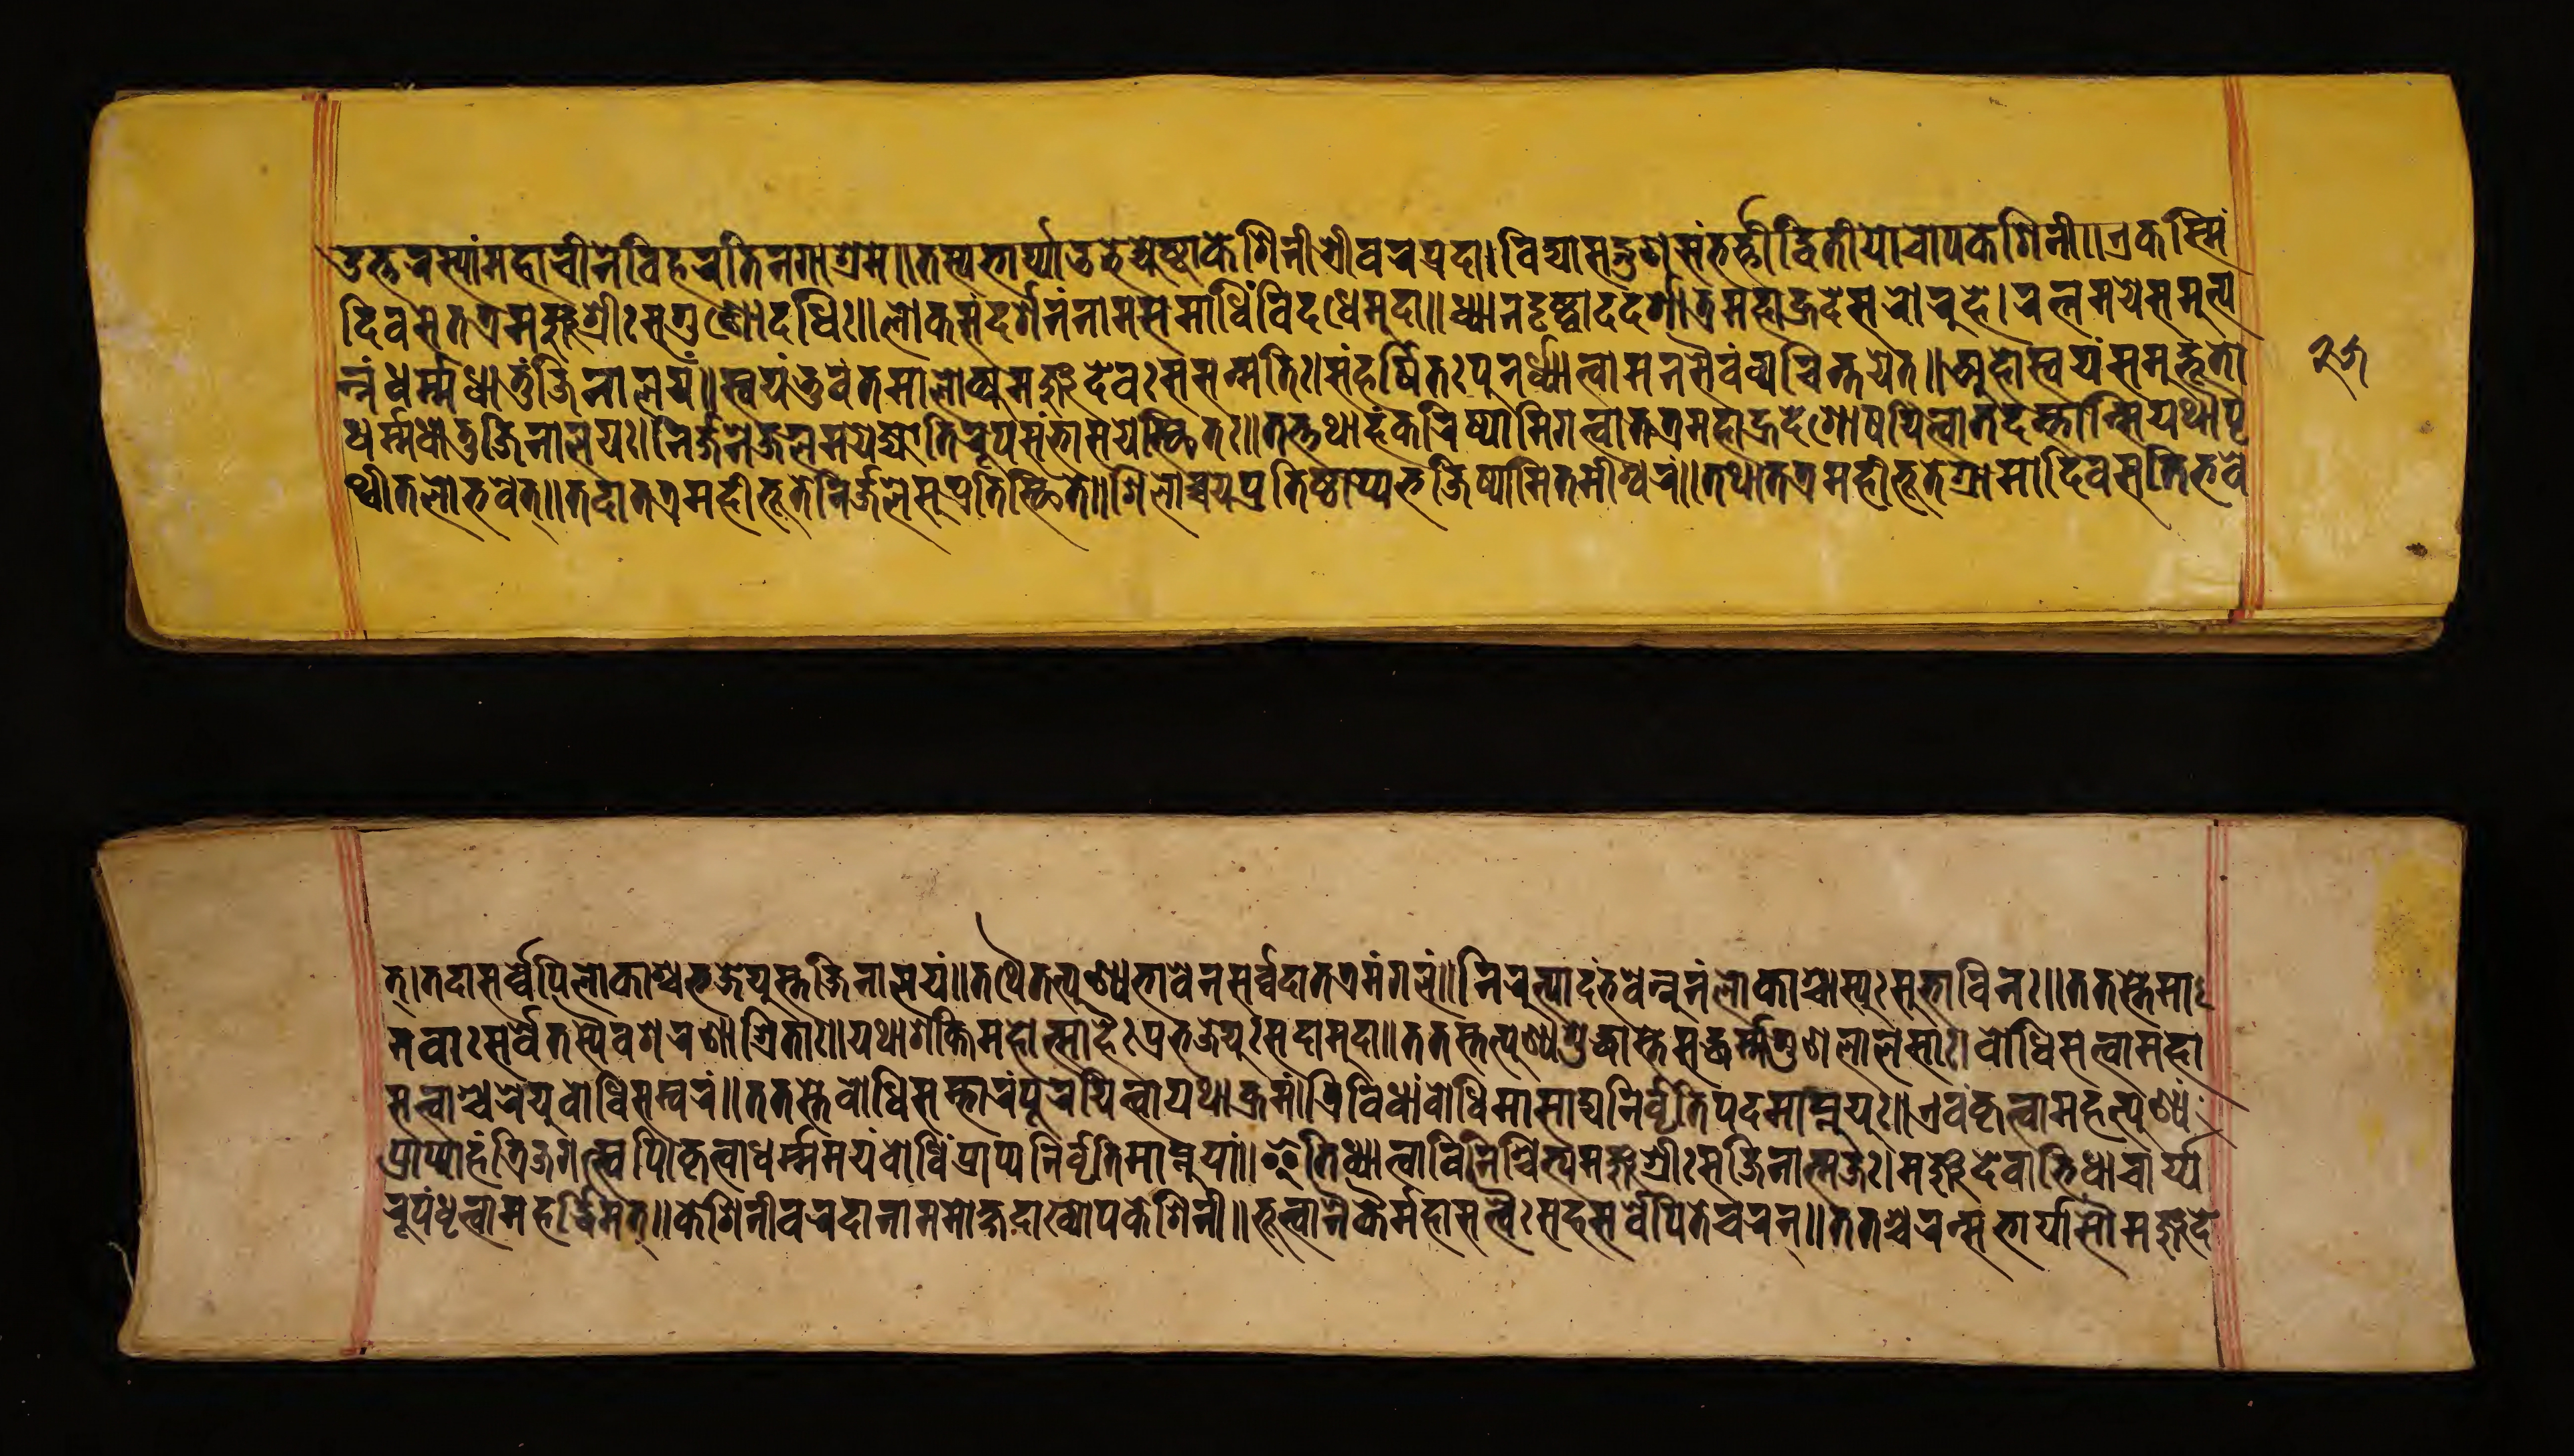
𑐄𑐟𑑂𑐟𑐬𑐳𑑂𑐫𑐵𑑄𑐩𑐴𑐵𑐔𑐷𑐣𑐾𑐰𑐶𑐴𑐬𑐟𑐶𑐣𑐐𑐵𑐱𑑂𑐬𑐩𑐾॥𑐟𑐳𑑂𑐫𑐨𑐵𑐬𑑂𑐫𑐵𑐄𑐨𑐾𑐖𑑂𑐫𑐾𑐲𑑂𑐚𑐵𑐎𑐾𑐱𑐶𑐣𑐷𑐱𑑂𑐬𑐷𑐰𑐬𑐥𑑂𑐬𑐡𑐵।𑐰𑐶𑐡𑑂𑐫𑐵𑐳𑐡𑑂𑐐𑐸𑐞𑐳𑑄𑐨𑐬𑑂𑐟𑑂𑐬𑐷𑐡𑑂𑐰𑐶𑐟𑐷𑐫𑐵𑑅𑐔𑑀𑐥𑐎𑐾𑐱𑐶𑐣𑐷॥𑐊𑐎𑐳𑑂𑐩𑐶𑑄 𑐳𑐩𑐫𑐾𑐟𑐟𑑂𑐬𑐩𑑄𑐖𑐸𑐱𑑂𑐬𑐷𑑅𑐳𑐡𑑂𑐐𑐸𑐞𑑀𑐡𑐢𑐶𑑅॥𑐮𑑀𑐎𑑄𑐳𑑄𑐡𑐬𑑂𑐱𑐣𑐣𑐵𑐩𑐳𑐩𑐵𑐢𑐶𑑄𑐰𑐶𑐡𑐢𑐾𑐩𑐸𑐡𑐵॥𑐢𑑂𑐫𑐵𑐣𑐡𑐺𑐲𑑂𑐚𑐵𑐡𑐡𑐬𑑂𑐱𑐵𑐟𑑂𑐬𑐩𑐴𑐵𑐴𑑂𑐬𑐡𑐳𑐬𑑀𑐬𑐸𑐴𑐾।𑐬𑐟𑑂𑐣𑐩𑐫𑑄𑐳𑐩𑐸𑐟𑑂𑐥 𑐣𑑂𑐣𑑄𑐢𑐬𑑂𑐩𑑂𑐩𑐢𑐵𑐟𑐸𑑄𑐖𑐶𑐣𑐵𑐮𑐫𑑄॥𑐳𑑂𑐰𑐫𑑄𑐨𑐸𑐰𑑄𑐟𑐩𑐵𑐮𑑀𑐎𑑂𑐫𑐩𑑄𑐖𑐸𑐡𑐾𑐰𑑄𑐳𑐸𑐳𑐣𑑂𑐩𑐟𑐶𑑅।𑐳𑑄𑐴𑐬𑑂𑐲𑐶𑐟𑑅𑐥𑐸𑐬𑑂𑐣𑐢𑑂𑐫𑐵𑐟𑑂𑐰𑐵𑐩𑐣𑐳𑐿𑐰𑑄𑐰𑑂𑐫𑐔𑐶𑐣𑑂𑐟𑐫𑐾𑐟𑑂॥𑐀𑐴𑑀𑐳𑑂𑐰𑐫𑑄𑐳𑐩𑐸𑐡𑑂𑐨𑐹𑐟𑑀 𑐢𑐬𑑂𑐩𑑂𑐩𑐢𑐵𑐟𑐸𑐖𑐶𑐣𑐵𑐮𑐫𑑅।𑐣𑐶𑐬𑑂𑐖𑐣𑐾𑐖𑐮𑐩𑐫𑐾𑐖𑑂𑐫𑑀𑐟𑐶𑐬𑐹𑐥𑑅𑐳𑑄𑐨𑐵𑐲𑐫𑐣𑑂𑐳𑑂𑐠𑐶𑐟𑑅॥𑐟𑐟𑑂𑐟𑐠𑐵𑐴𑑄𑐎𑐬𑐶𑐲𑑂𑐫𑐵𑐩𑐶𑐐𑐟𑑂𑐰𑐵𑐟𑐟𑑂𑐬𑐩𑐴𑐵𑐴𑑂𑐬𑐡𑐾𑐱𑑀𑐲𑐫𑐶𑐟𑑂𑐰𑐵𑐟𑐡𑐩𑑂𑐨𑐵𑐣𑑂𑐳𑐶𑐫𑐠𑐵𑐥𑐺 𑐠𑑂𑐰𑐷𑐟𑐮𑑀𑐨𑐰𑐟𑑂॥𑐟𑐡𑐵𑐟𑐟𑑂𑐬𑐩𑐴𑐷𑐨𑐹𑐟𑑂𑐬𑐾𑐣𑐶𑐬𑑂𑐖𑐮𑐾𑐳𑐸𑐥𑑂𑐬𑐟𑐶𑐲𑑂𑐛𑐶𑐟𑐾॥𑐱𑐶𑐮𑑀𑐔𑑂𑐔𑐫𑐾𑐥𑑂𑐬𑐟𑐶𑐲𑑂𑐛𑐵𑐥𑑂𑐫𑐨𑐖𑐶𑐲𑑂𑐫𑐵𑐩𑐶𑐟𑐩𑐷𑐱𑑂𑐰𑐬𑑄॥𑐟𑐠𑐵𑐟𑐟𑑂𑐬𑐩𑐴𑐷𑐨𑐹𑐟𑐾𑐐𑑂𑐬𑐵𑐩𑐵𑐡𑐶𑐰𑐳𑐟𑐶𑐬𑑂𑐨𑐰𑐾 𑐟𑑂।𑐟𑐡𑐵𑐳𑐬𑑂𑐰𑐾𑐥𑐶𑐮𑑀𑐎𑐵𑐱𑑂𑐫𑑅𑐨𑐖𑐾𑐫𑐸𑐳𑑂𑐟𑑄𑐖𑐶𑐣𑐵𑐮𑐫𑑄॥𑐟𑐠𑐵𑐟𑐟𑑂𑐥𑐸𑐞𑑂𑐫𑐨𑐵𑐰𑐾𑐣𑐳𑐬𑑂𑐰𑐡𑐵𑐟𑐟𑑂𑐬𑐩𑑄𑐐𑐮𑑄॥𑐣𑐶𑐬𑐸𑐟𑑂𑐥𑐵𑐟𑑄𑐨𑐰𑐾𑐣𑑂𑐣𑐹𑐣𑑄𑐮𑑀𑐎𑐵𑐱𑑂𑐔𑐳𑑂𑐫𑐹𑑅𑐳𑐸𑐨𑐵𑐰𑐶𑐣𑑅॥𑐟𑐟𑐳𑑂𑐟𑐾𑐩𑐵 𑐣𑐰𑐵𑑅𑐳𑐬𑑂𑐰𑐾𑐟𑐳𑑂𑐫𑐿𑐰𑐱𑐬𑐞𑐵𑐱𑑂𑐬𑐶𑐟𑐵𑑅॥𑐫𑐠𑐵𑐱𑐎𑑂𑐟𑐶𑐩𑐴𑑀𑐟𑑂𑐳𑐵𑐴𑐿𑑅𑐥𑑂𑐬𑐨𑐖𑐾𑐫𑐸𑑅𑐳𑐡𑐵𑐩𑐸𑐡𑐵॥𑐟𑐟𑐳𑑂𑐟𑐟𑑂𑐥𑐸𑐞𑑂𑐫𑐱𑐸𑐡𑑂𑐢𑐵𑐳𑑂𑐟𑐾𑐳𑐡𑑂𑐢𑐬𑑂𑐩𑐐𑐸𑐞𑐮𑐵𑐮𑐳𑐵𑑅।𑐧𑑀𑐢𑐶𑐳𑐟𑑂𑐟𑑂𑐰𑐵𑐩𑐴𑐵 𑐳𑐟𑑂𑐟𑑂𑐰𑐵𑐱𑑂𑐔𑐬𑐾𑐫𑐸𑐬𑑂𑐧𑑀𑐢𑐶𑐳𑑄𑐰𑐬𑑄॥𑐟𑐟𑐳𑑂𑐟𑐾𑐧𑑀𑐢𑐶𑐳𑑄𑐨𑐵𑐬𑑄𑐥𑐸𑐬𑐫𑐶𑐟𑑂𑐰𑐵𑐫𑐠𑐵𑐎𑑂𑐬𑐩𑑄॥𑐟𑑂𑐬𑐶𑐰𑐶𑐢𑐵𑑄𑐰𑐶𑐢𑐶𑐩𑐵𑐳𑐵𑐡𑑂𑐫𑐣𑐶𑐰𑐺𑐟𑐶𑐥𑐡𑐩𑐵𑐥𑑂𑐣𑐸𑐫𑐸𑑅॥𑐊𑐰𑑄𑐎𑐺𑐟𑑂𑐰𑐵𑐩𑐴𑐟𑑂𑐥𑐸𑐞𑑂𑐫𑑄 𑐥𑑂𑐬𑐵𑐥𑑂𑐫𑐵𑐴𑑄𑐟𑑂𑐬𑐶𑐖𑐐𑐟𑑂𑐳𑑂𑐰𑐥𑐶॥𑐎𑐺𑐟𑑂𑐰𑐵𑐢𑐬𑑂𑐩𑑂𑐩𑐩𑐫𑑄𑐧𑑀𑐢𑐶𑐥𑑂𑐬𑐵𑐥𑑂𑐫𑐣𑐶𑐰𑐺𑐟𑑂𑐟𑐶𑐥𑐡𑐩𑐵𑐥𑑂𑐣𑐸𑐫𑐵𑑄॥𑐂𑐟𑐶𑐢𑑂𑐫𑐵𑐟𑑂𑐰𑐵𑐰𑐶𑐣𑐶𑐱𑑂𑐔𑐶𑐟𑑂𑐫𑐩𑐘𑑂𑐖𑐸𑐱𑑂𑐬𑐷𑑅𑐳𑐖𑐶𑐣𑐵𑐟𑑂𑐩𑐖𑑅।𑐩𑐘𑑂𑐖𑐸𑐡𑐾𑐰𑐵𑐨𑐶𑐢𑐵𑐔𑐵𑐬𑑂𑐫 𑐬𑐹𑐥𑑄𑐢𑐺𑐟𑑂𑐰𑐵𑐩𑐴𑐬𑑂𑐡𑑂𑐢𑐶𑐩𑐵𑐣𑑂॥𑐎𑐾𑐱𑐶𑐣𑐷𑐰𑐬𑐡𑐵𑐣𑐵𑐩𑐩𑑀𑐎𑑂𑐲𑐡𑐵𑐏𑑂𑐫𑑀𑐥𑐎𑐾𑐱𑐶𑐣𑐷॥𑐨𑐹𑐟𑑂𑐰𑐵𑐣𑐾𑐎𑐿𑑅𑐩𑐴𑐵𑐳𑐟𑑂𑐟𑑂𑐰𑐿𑑅𑐳𑐴𑐳𑐬𑑂𑐰𑐾𑐥𑐶𑐣𑐾𑐔𑐬𑐟𑑂॥𑐟𑐟𑐱𑑂𑐔𑐬𑐣𑑂𑐳𑐨𑐵𑐬𑑂𑐫𑐵𑐳𑑁𑐩𑐘𑑂𑐖𑐸𑐡𑐾 𑑒𑑕